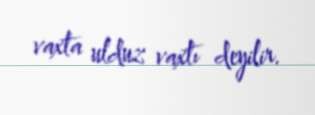
vaxta ulduz vaxtı deyilir.